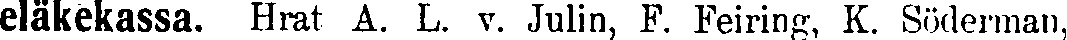
eläkekassa. Hrat A. L. v. Julin, F. Feiring, K. Söderman,